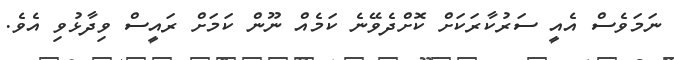
ނަމަވެސް އެއީ ސަރުކާރަކަށް ކޮށްދެވޭނެ ކަމެއް ނޫން ކަމަށް ރައީސް ވިދާޅުވި އެވެ.